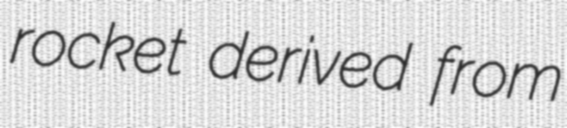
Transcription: rocket derived from